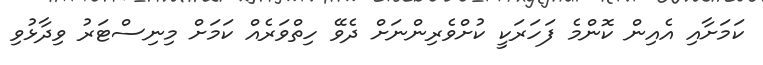
ކަމަށާއި އެއިން ކޮންމެ ފަހަރަކީ ކުށްވެރިންނަށް ދެވޭ ހިތްވަރެއް ކަމަށް މިނިސްޓަރު ވިދާޅުވި